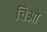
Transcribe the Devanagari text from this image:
चिओ